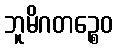
ဘူမိဂတဉ္စေဝ